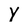
Character: y